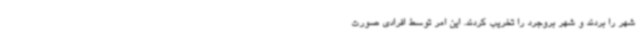
شهر را بردند و شهر بروجرد را تخریب کردند. این امر توسط افرادی صورت